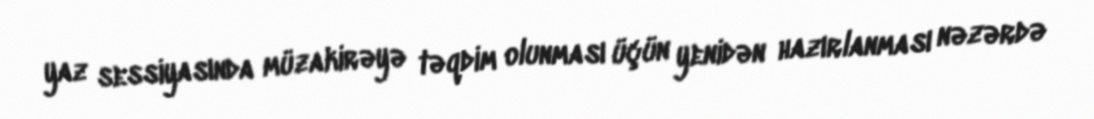
yaz sessiyasında müzakirəyə təqdim olunması üçün yenidən hazırlanması nəzərdə